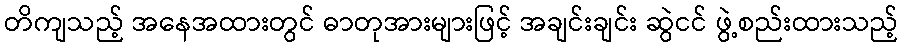
တိကျသည့် အနေအထားတွင် ဓာတုအားများဖြင့် အချင်းချင်း ဆွဲငင် ဖွဲ့စည်းထားသည့်